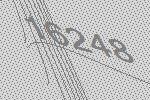
16248